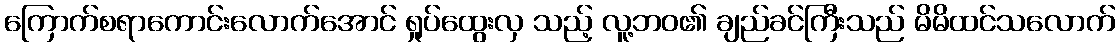
ကြောက်စရာကောင်းလောက်အောင် ရှုပ်ထွေးလှ သည့် လူ့ဘဝ၏ ချည်ခင်ကြီးသည် မိမိထင်သလောက်